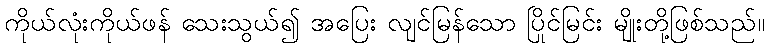
ကိုယ်လုံးကိုယ်ဖန် သေးသွယ်၍ အပြေး လျင်မြန်သော ပြိုင်မြင်း မျိုးတို့ဖြစ်သည်။